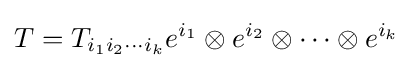
T=T_{i_{1}i_{2}\cdots i_{k}}e^{i_{1}}\otimes e^{i_{2}}\otimes \cdots \otimes e^{i_{k}}